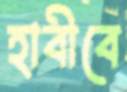
হাবীবে